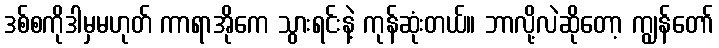
ဒစ်စကိုဒါမှမဟုတ် ကာရာအိုကေ သွားရင်းနဲ့ ကုန်ဆုံးတယ်။ ဘာလို့လဲဆိုတော့ ကျွန်တော်